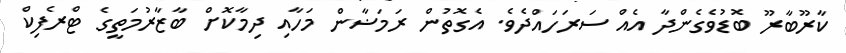
ކާރޫބާރޫ ބޮޑުވެގެންދާ އެއް ސަރަހައްދެވެ. އެގޮތުން ރަމަޟާން މަހާއި ދިމާކޮށް ބާޒާރުމަތީގެ ޓްރެފިކް